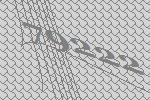
79222